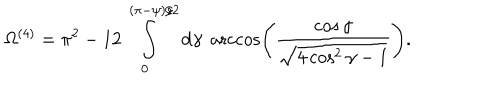
\Omega ^ { ( 4 ) } = \pi ^ { 2 } - 1 2 \int _ { 0 } ^ { ( \pi - \psi ) / 2 } \mathrm { d } \gamma \; \operatorname { a r c c o s } \left( \frac { \cos \gamma } { \sqrt { 4 \cos ^ { 2 } \gamma - 1 } } \right) .